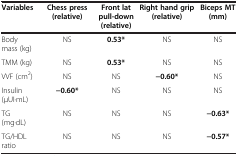
| Variables | Chess press (relative) | Front lat pull-down (relative) | Right hand grip (relative) | Biceps MT (mm) |
 | --- | --- | --- | --- | --- |
 | Body mass (kg) | NS | 0.53* | NS | NS |
 | TMM (kg) | NS | 0.53* | NS | NS |
 | VVF (cm2) | NS | NS | −0.60* | NS |
 | Insulin (μUI·mL) | −0.60* | NS | NS | NS |
 | TG (mg·dL) | NS | NS | NS | −0.63* |
 | TG/HDL ratio | NS | NS | NS | −0.57* |